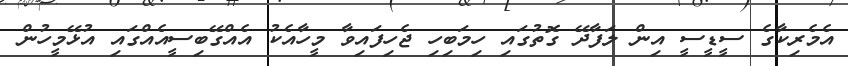
އެމެރިކާގެ ސީޑީސީ އިން ލަފާދޭ ގޮތުގައި ހިމަބިހި ޖެހިފައިވާ މީހާއެކު އެއްގޭބިސީއެއްގައި އުޅޭމީހުން